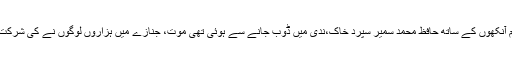
نم آنکھوں کے ساتھ حافظ محمد سمیر سپرد خاک،ندی میں ڈوب جانے سے ہوئی تھی موت، جنازے میں ہزاروں لوگوں نے کی شرکت۔